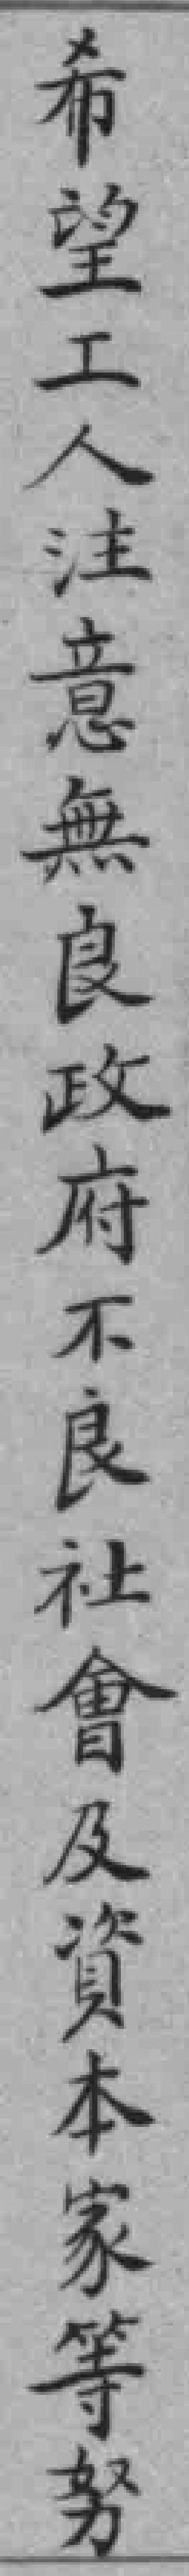
希望工人注意無良政府不良社會及資本家等努